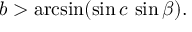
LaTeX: b > \arcsin ( \sin c \, \sin \beta ) .